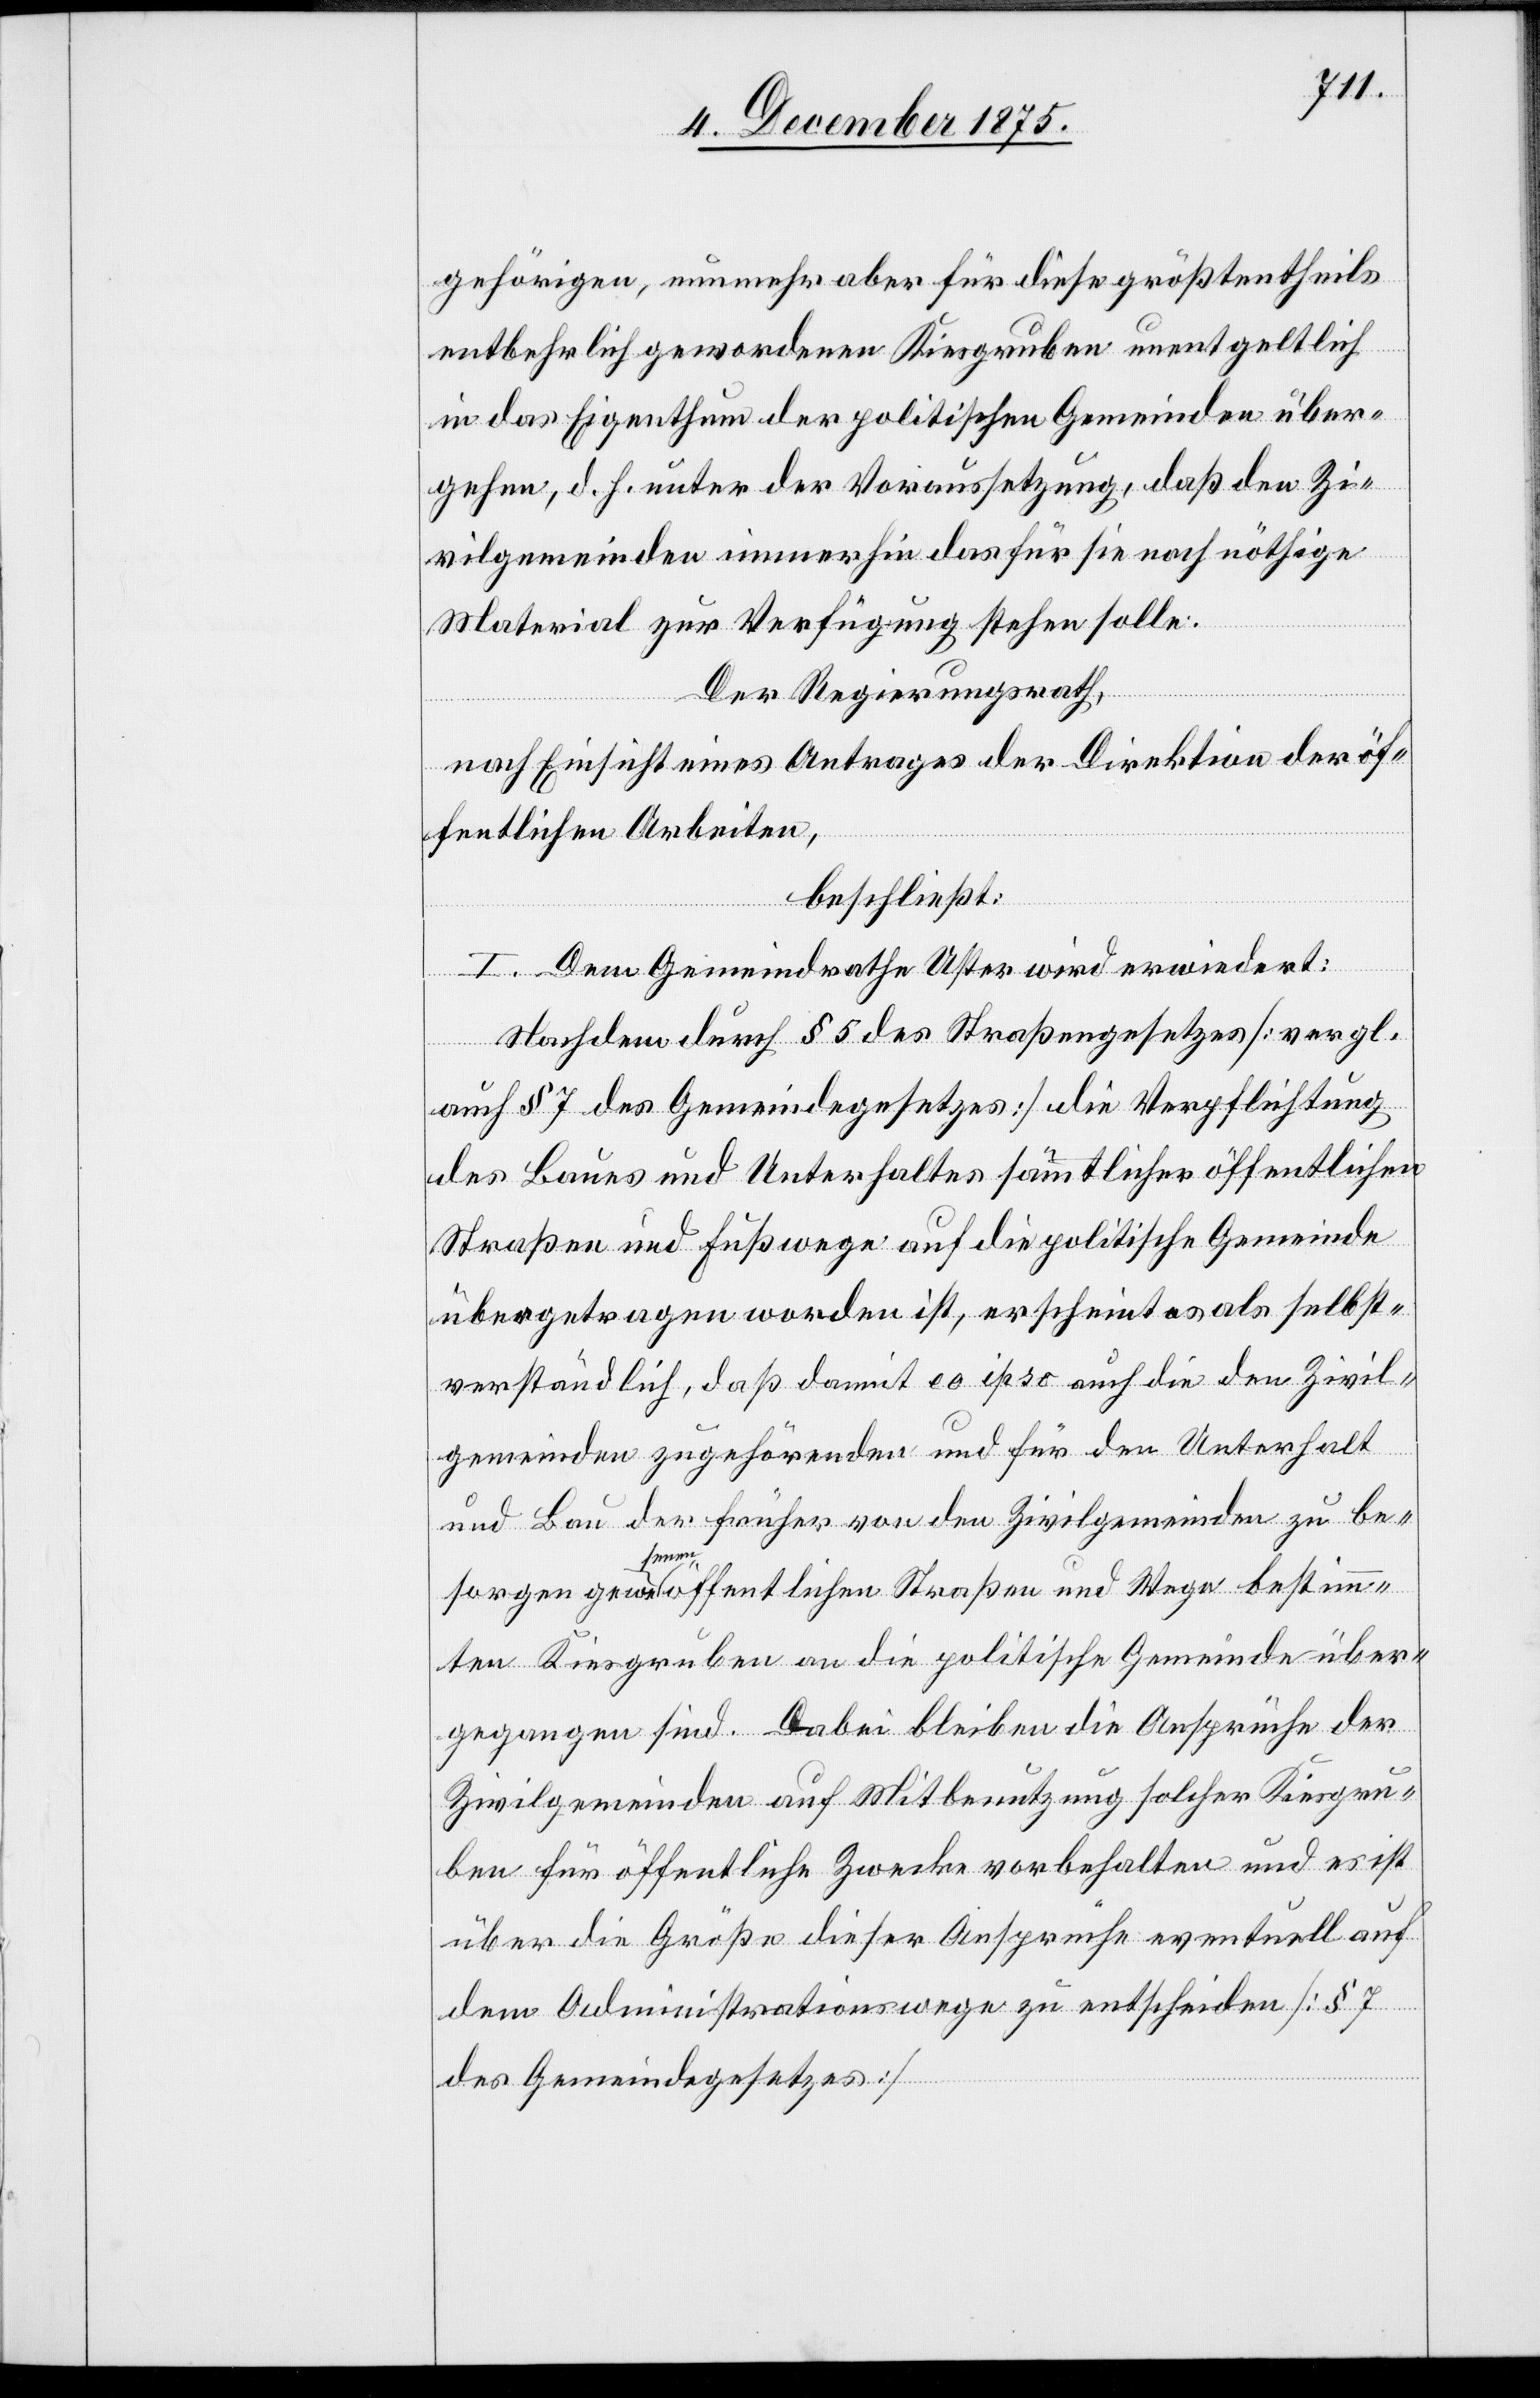
gehörigen, nunmehr aber für diese größtentheils
entbehrlich gewordenen Kiesgruben unentgeltlich
in das Eigenthum der politischen Gemeinden über¬
gehen, d. h. unter der Voraussetzung, daß den Zi¬
vilgemeinden immerhin das für sie noch nöthige
Material zur Verfügung stehen solle.
Der Regierungsrath,
nach Einsicht eines Antrages der Direktion der öf¬
fentlichen Arbeiten,
beschließt:
I. Dem Gemeindrathe Uster wird erwiedert:
Nachdem durch § 5 des Straßengesetzes [vergl.
auch § 7 des Gemeindegesetzes] die Verpflichtung
des Baues und Unterhaltes sämmtlicher öffentlichen
Straßen und Fußwege auf die politische Gemeinde
übertragen worden ist, erscheint es als selbst¬
verständlich, daß damit eo ipso auch die den Zivil¬
gemeinden zugehörenden und für den Unterhalt
und Bau der früher von der Zivilgemeinden zu ver¬
sorgen gewesenen öffentlichen Straßen und Wege bestimm¬
ten Kiesgruben an die politische Gemeinde über¬
gegangen sind. Dabei bleiben die Ansprüche der
Zivilgemeinden auf Mitbenutzung solcher Kiesgru¬
ben für öffentliche Zwecke vorbehalten und es ist
über die Größe dieser Ansprüche eventuell auf
dem Administrationswege zu entscheiden [§ 7
des Gemeindegesetzes].